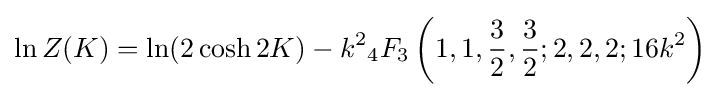
\ln Z(K)=\ln(2\cosh 2K)-k^{2}{}_{4}F_{3}\left(1,1,{\frac {3}{2}},{\frac {3}{2}};2,2,2;16k^{2}\right)